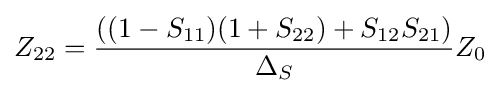
Z_{22}={((1-S_{11})(1+S_{22})+S_{12}S_{21}) \over \Delta _{S}}Z_{0}